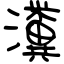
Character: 瀵